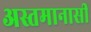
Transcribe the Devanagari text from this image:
अस्तमानासी